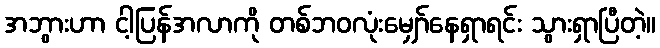
အဘွားဟာ ငါ့ပြန်အလာကို တစ်ဘဝလုံးမျှော်နေရှာရင်း သွားရှာပြီတဲ့။